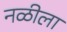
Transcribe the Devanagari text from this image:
नळीला